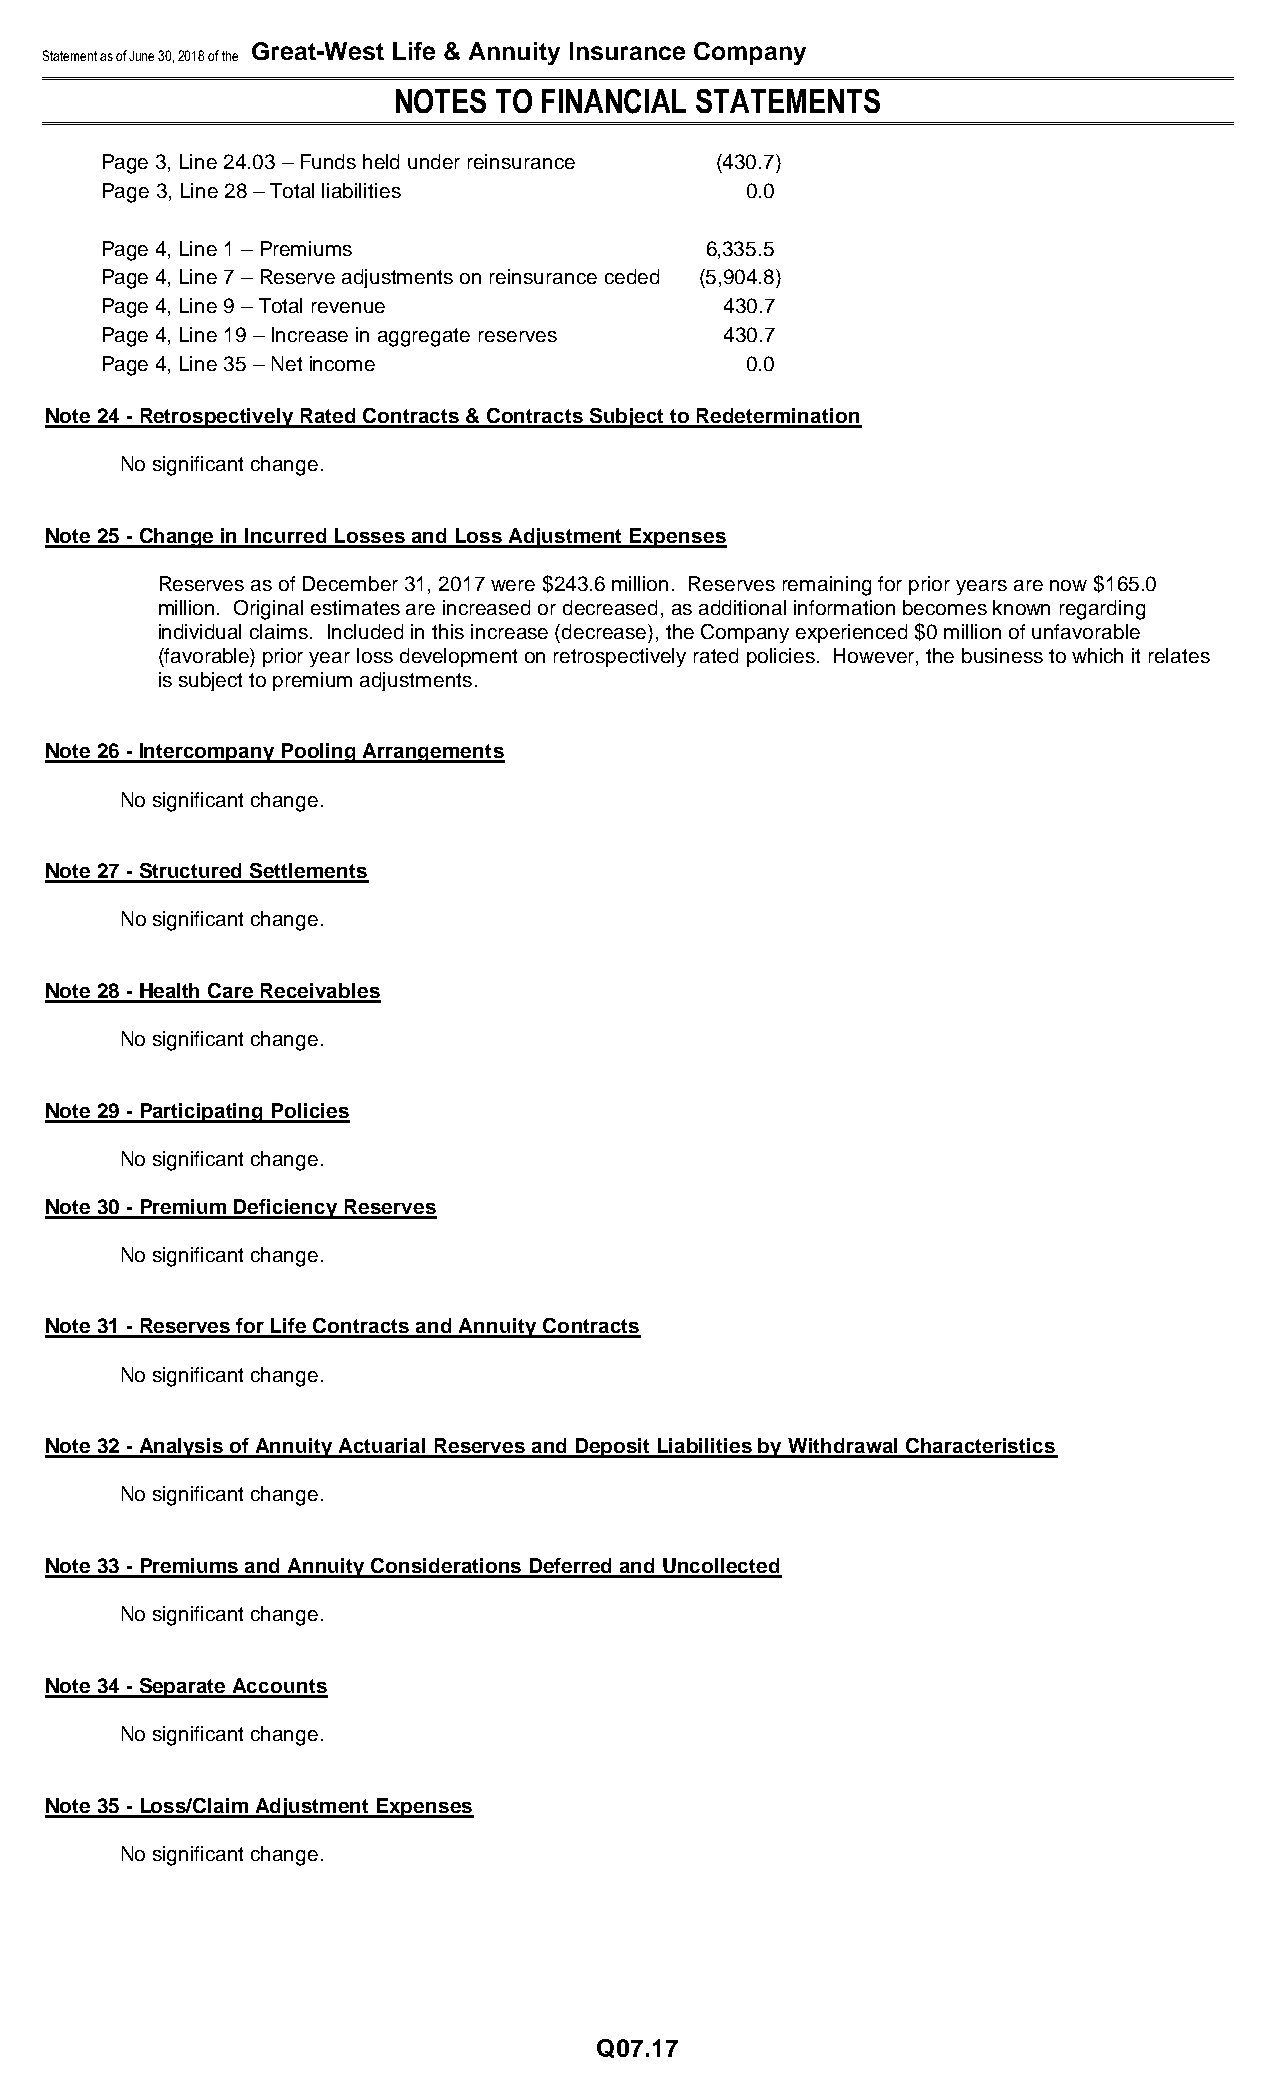
Great-West Life & Annuity Insurance Company
 Statement as of June 30, 2018 of the
 NOTES  TO FINANCIAL STATEMENTS
 Page 3, Line 24.03 – Funds held under reinsurance (430.7)
 Page 3, Line 28 – Total liabilities       0.0
 Page 4, Line 1 – Premiums               6,335.5
 Page 4, Line 7 – Reserve adjustments on reinsurance ceded (5,904.8)
 Page 4, Line 9 – Total revenue           430.7
 Page 4, Line 19 – Increase in aggregate reserves 430.7
 Page 4, Line 35 – Net income              0.0
 Note 24 - Retrospectively Rated Contracts & Contracts Subject to Redetermination
 No significant change.
 Note 25 - Change in Incurred Losses and Loss Adjustment Expenses
 Reserves as of December 31, 2017 were $243.6 million. Reserves remaining for prior years are now $165.0
 million. Original estimates are increased or decreased, as additional information becomes known regarding
 individual claims. Included in this increase (decrease), the Company experienced $0 million of unfavorable
 (favorable) prior year loss development on retrospectively rated policies. However, the business to which it relates
 is subject to premium adjustments.
 Note 26 - Intercompany Pooling Arrangements
 No significant change.
 Note 27 - Structured Settlements
 No significant change.
 Note 28 - Health Care Receivables
 No significant change.
 Note 29 - Participating Policies
 No significant change.
 Note 30 - Premium Deficiency Reserves
 No significant change.
 Note 31 - Reserves for Life Contracts and Annuity Contracts
 No significant change.
 Note 32 - Analysis of Annuity Actuarial Reserves and Deposit Liabilities by Withdrawal Characteristics
 No significant change.
 Note 33 - Premiums and Annuity Considerations Deferred and Uncollected
 No significant change.
 Note 34 - Separate Accounts
 No significant change.
 Note 35 - Loss/Claim Adjustment Expenses
 No significant change.
 Q07.17